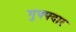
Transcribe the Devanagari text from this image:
गुफ्फ्दार